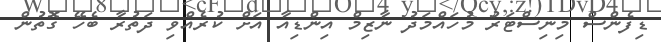
ޑިފެންސް މިނިސްޓަރު މުހައްމަދު ނާޒިމް އިންޑިއާ އަށް ކުރެއްވި ދަތުރާ ބެހޭ ގޮތުން